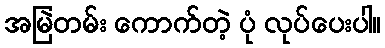
အမြဲတမ်း ကောက်တဲ့ ပုံ လုပ်ပေးပါ။